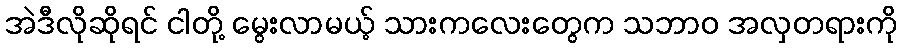
အဲဒီလိုဆိုရင် ငါတို့ မွေးလာမယ့် သားကလေးတွေက သဘာဝ အလှတရားကို